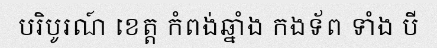
បរិបូរណ៍ ខេត្ត កំពង់ឆ្នាំង កងទ័ព ទាំង បី